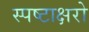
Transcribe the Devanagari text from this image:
स्पष्टाक्षरो